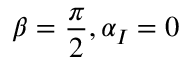
\beta = \frac { \pi } { 2 } , \alpha _ { I } = 0